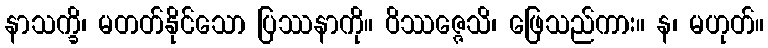
နာသက္ခိ၊ မတတ်နိုင်သော ပြဿနာကို။ ဝိဿဇ္ဇေသိ၊ ဖြေသည်ကား။ န၊ မဟုတ်။